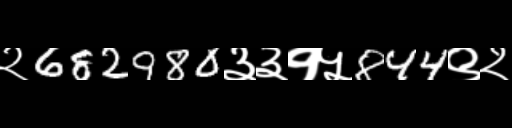
Text: २682980३३१५844९२